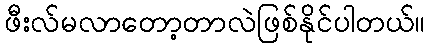
ဖီးလ်မလာတော့တာလဲဖြစ်နိုင်ပါတယ်။